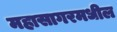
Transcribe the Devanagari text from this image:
महासागरमधील